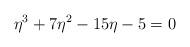
LaTeX: \begin{align*}\eta^3 + 7\eta^2 - 15\eta - 5 = 0\end{align*}